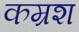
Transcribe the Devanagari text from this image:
कम्रश